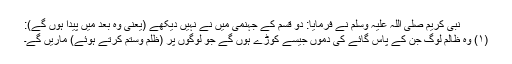
نبی کریم صلی اللہ علیہ وسلم نے فرمایا: دو قسم کے جہنمی میں نے نہیں دیکھے (یعنی وہ بعد میں پیدا ہوں گے):
(۱) وہ ظالم لوگ جن کے پاس گائے کی دموں جیسے کوڑے ہوں گے جو لوگوں پر (ظلم وستم کرتے ہوئے) ماریں گے۔